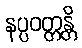
နပ္ပဝတ္တန္တိ